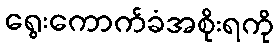
ရွေးကောက်ခံအစိုးရကို